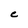
Character: c